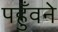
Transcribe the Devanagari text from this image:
पहुँवने